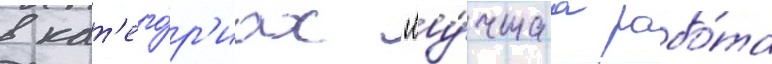
в кат'его́р'иах "лу́чшаа рабо́та